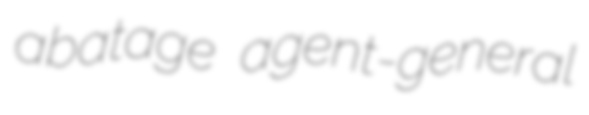
abatage agent-general